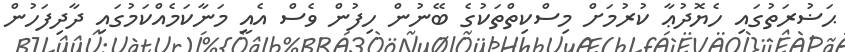
ޙަޟުރަތުގައި ހެޔޮދުޢާ ކުރުމަށް މިސްކިތްތަކުގެ ބޭނުން ހިފުން ވެސް އެއީ މަނާކަމެއްކަމުގައި ދާދިފަހުން